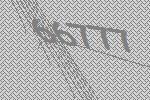
66777